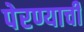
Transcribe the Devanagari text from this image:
पेरण्याची